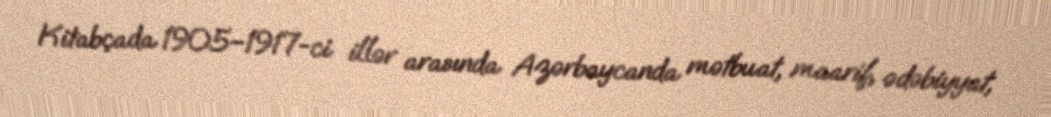
Kitabçada 1905–1917-ci illər arasında Azərbaycanda mətbuat, maarif, ədəbiyyat,